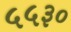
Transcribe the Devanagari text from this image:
५५३०